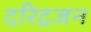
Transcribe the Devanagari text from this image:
दरिद्रजन